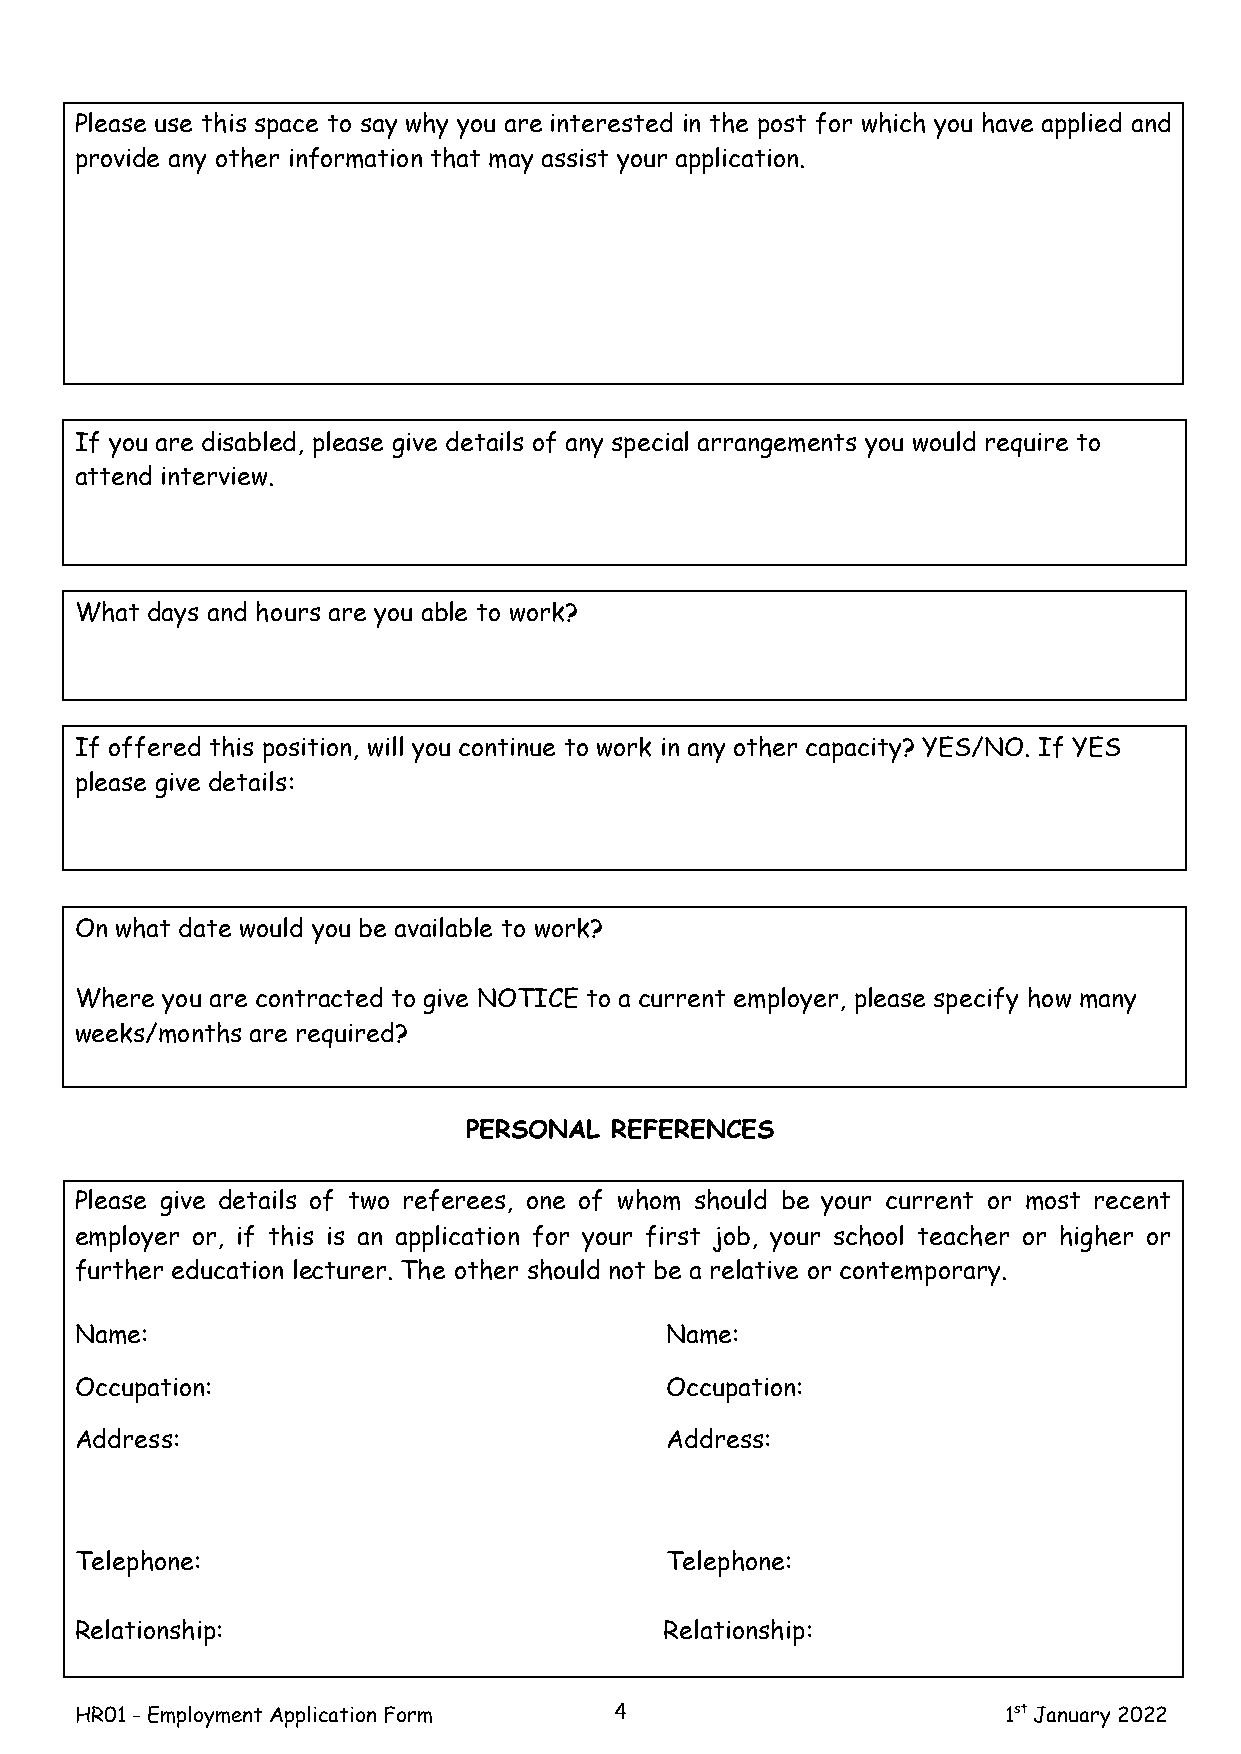
Please use this space to say why you are interested in the post for which you have applied and
 provide any other information that may assist your application.
 If you are disabled, please give details of any special arrangements you would require to
 attend interview.
 What days and hours are you able to work?
 If offered this position, will you continue to work in any other capacity? YES/NO. If YES
 please give details:
 On what date would you be available to work?
 Where you are contracted to give NOTICE to a current employer, please specify how many
 weeks/months are required?
 PERSONAL REFERENCES
 Please give details of two referees, one of whom should be your current or most recent
 employer or, if this is an application for your first job, your school teacher or higher or
 further education lecturer. The other should not be a relative or contemporary.
 Name:                                  Name:
 Occupation:                            Occupation:
 Address:                               Address:
 Telephone:                             Telephone:
 Relationship:                          Relationship:
 HR01 - Employment Application Form  4                         1st January 2022